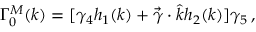
\Gamma _ { 0 } ^ { M } ( k ) = [ \gamma _ { 4 } h _ { 1 } ( k ) + \vec { \gamma } \cdot \hat { k } h _ { 2 } ( k ) ] \gamma _ { 5 } \, ,